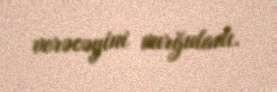
verəcəyini vurğuladı.